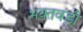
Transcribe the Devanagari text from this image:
भक्तवडी